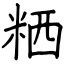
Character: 粞